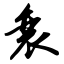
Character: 衰